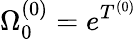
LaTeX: \Omega_{0}^{(0)}=e^{T^{(0)}}